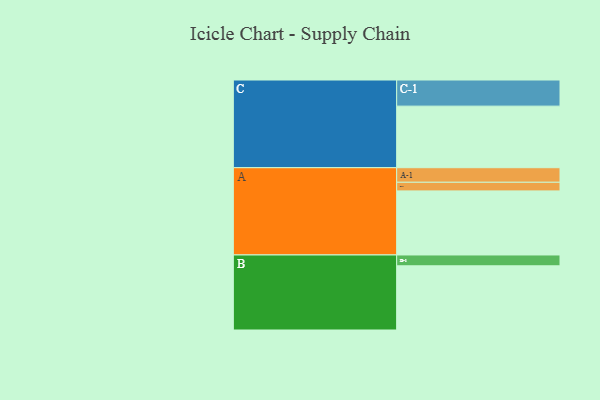
{"axis": {"x": "Segment", "y": "Value"}, "legend": ["", "A", "B", "C"], "data": [{"x": "A", "y": 586, "type": ""}, {"x": "B", "y": 587, "type": ""}, {"x": "C", "y": 563, "type": ""}, {"x": "A-1", "y": 133, "type": "A"}, {"x": "A-2", "y": 79, "type": "A"}, {"x": "B-1", "y": 99, "type": "B"}, {"x": "C-1", "y": 239, "type": "C"}]}